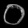
Digit: ၀